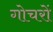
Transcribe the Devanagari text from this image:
गोचरों